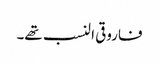
فاروقی النسب تھے۔